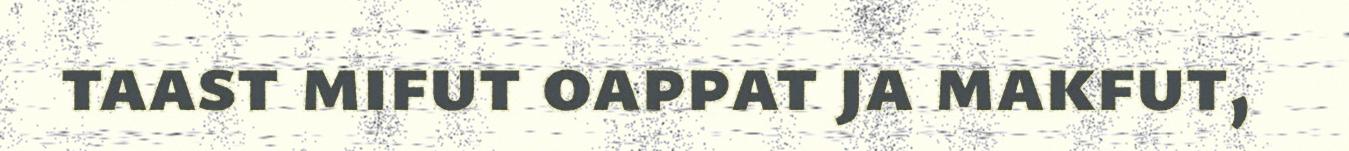
taast mifut oappat ja makfut,